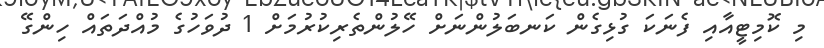
މި ކޮމިޓީއާއި ފެނަކަ ގުޅިގެން ކަނބަލުންނަށް ހޭލުންތެރިކުރުމަށް 1 ދުވަހުގެ މުއްދަތައް ހިންގޭ